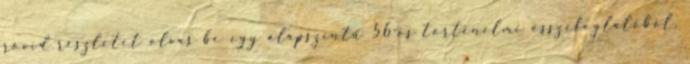
rövid részletet olvas be egy alapszintű 56-os történelmi összefoglalóból.